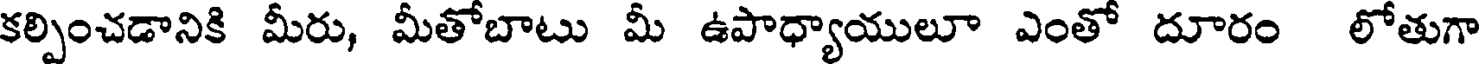
కల్పించడానికి మీరు, మీతోబాటు మీ ఉపాధ్యాయులూ ఎంతో దూరం లోతుగా